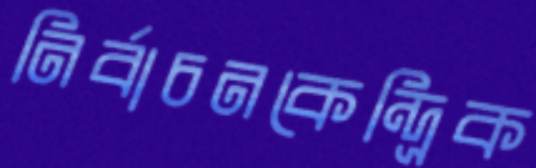
নির্বাচনকেন্দ্রিক